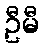
ဦမီ